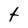
Character: t